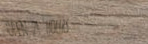
OPEN 24 HOURS